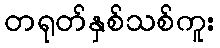
တရုတ်နှစ်သစ်ကူး